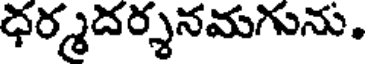
ధర్మదర్శనమగును.